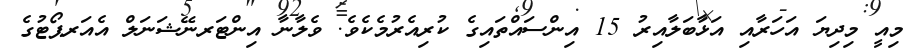
މިއީ މިދިޔަ އަހަރާއި އަޅާބަލާއިރު 15 އިންސައްތައިގެ ކުރިއެރުމެކެވެ. ވެލާނާ އިންޓަރނޭޝަނަލް އެއަރޕޯޓުގެ